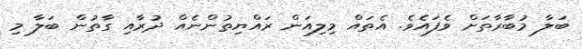
ބަލާ މުބާރާތަށް ވެފައެވެ. އެތައް މިލިއަން ރައްޔިތުންނެެއް ދުރާއި ގާތުން ބަލާ މި